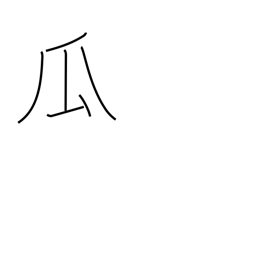
Meaning: melon